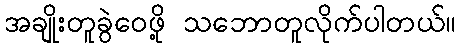
အချိုးတူခွဲဝေဖို့ သဘောတူလိုက်ပါတယ်။